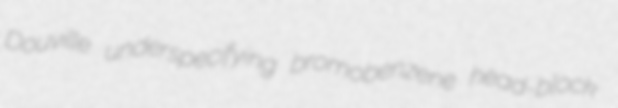
Douville underspecifying bromobenzene head-block